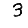
Digit: 3